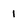
Character: i